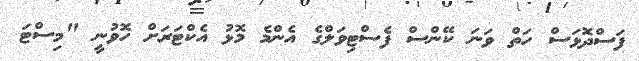
ފަސްދޮޅަސް ހަތް ވަނަ ކޭންސް ފެސްޓިވަލްގެ އެންމެ މޮޅު އެކްޓަރަށް ހޮވުނީ "މިސްޓަ